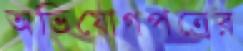
অভিযোগপত্রের